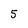
Character: 5